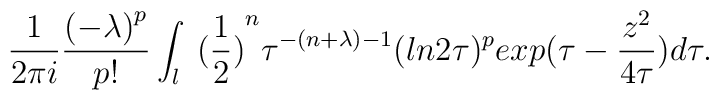
\frac{1}{ 2\pi i} \frac{{(-\lambda )}^p}{p!} \int_l {\ (\frac{1}{2} )}^n\tau ^{-( n +\lambda )-1} (ln 2\tau)^p exp( \tau- \frac{ z^2}{4\tau} ) d\tau.